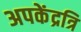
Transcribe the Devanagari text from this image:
अपकेंद्रत्रि